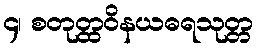
၄၊ စတုတ္ထဝိနယဓရသုတ္တ